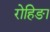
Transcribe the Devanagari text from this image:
रोहिङा